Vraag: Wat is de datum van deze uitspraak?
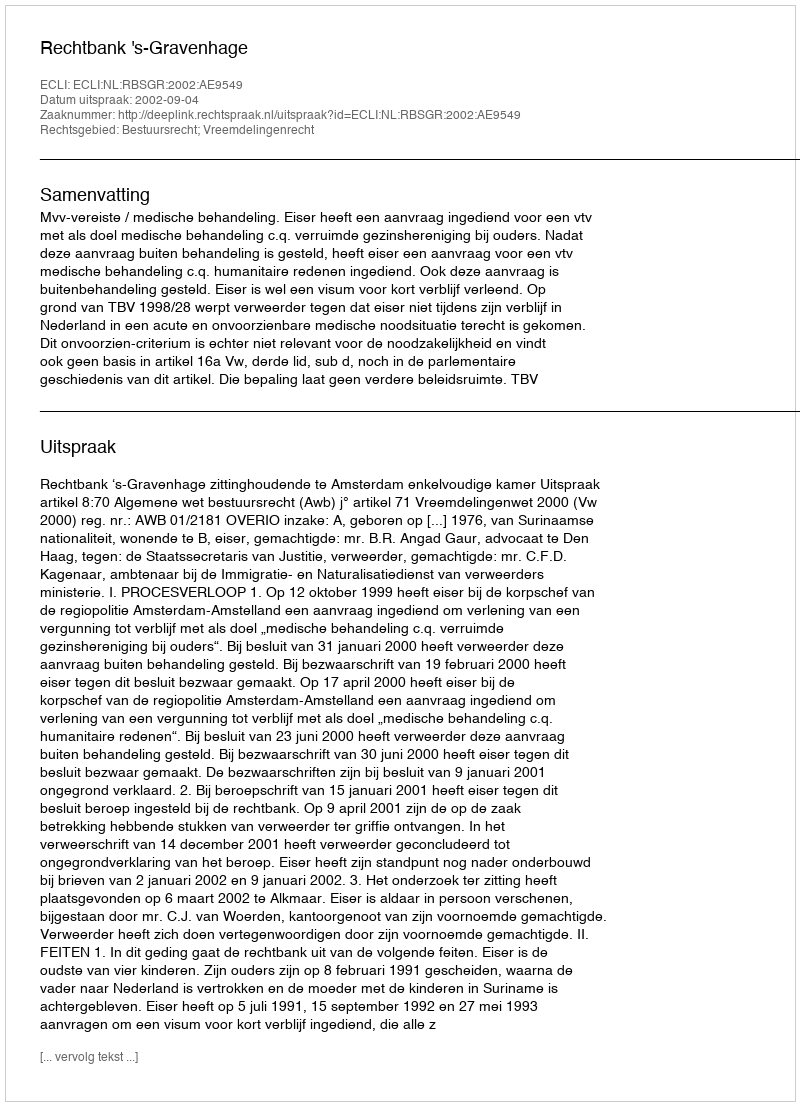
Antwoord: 2002-09-04